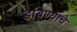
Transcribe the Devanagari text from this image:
डांबण्याचे